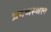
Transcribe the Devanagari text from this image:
भ्रमणस्‍थल